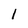
Character: 1